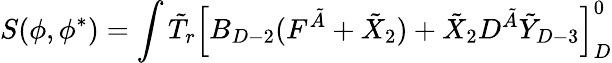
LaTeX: S(\phi,\phi^{*})=\int\tilde{T}_{r}\left[B_{D-2}(F^{\tilde{A}}+\tilde{X}_{2})+\tilde{X}_{2}D^{\tilde{A}}\tilde{Y}_{D-3}\right]_{D}^{0}